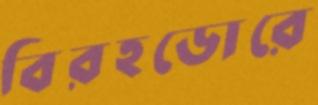
বিরহডোরে